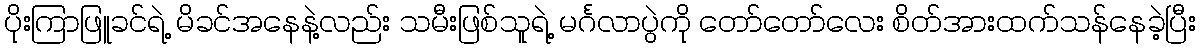
ပိုးကြာဖြူခင်ရဲ့ မိခင်အနေနဲ့လည်း သမီးဖြစ်သူရဲ့ မင်္ဂလာပွဲကို တော်တော်လေး စိတ်အားထက်သန်နေခဲ့ပြီး